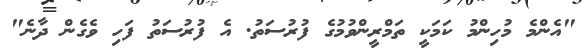
"އެންމެ މުހިންމު ކަމަކީ ތަމްރީންވުމުގެ ފުރުސަތު. އެ ފުރުސަތު ފަހި ވެގެން ދާނެ"